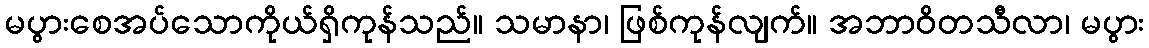
မပွားစေအပ်သောကိုယ်ရှိကုန်သည်။ သမာနာ၊ ဖြစ်ကုန်လျက်။ အဘာဝိတသီလာ၊ မပွား